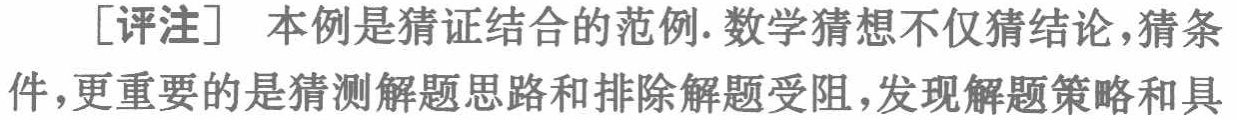
[评注] 本例是猜证结合的范例. 数学猜想不仅猜结论,猜条件,更重要的是猜测解题思路和排除解题受阻,发现解题策略和具